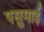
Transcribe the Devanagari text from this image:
पसुमाई